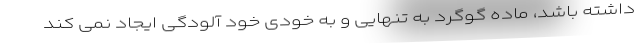
داشته باشد، ماده گوگرد به تنهایی و به خودی خود آلودگی ایجاد نمی کند